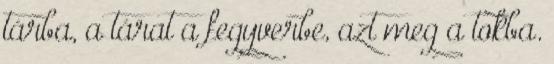
tárba, a tárat a fegyverbe, azt meg a tokba.